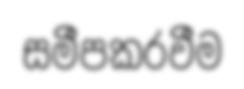
සමීපකරවීම